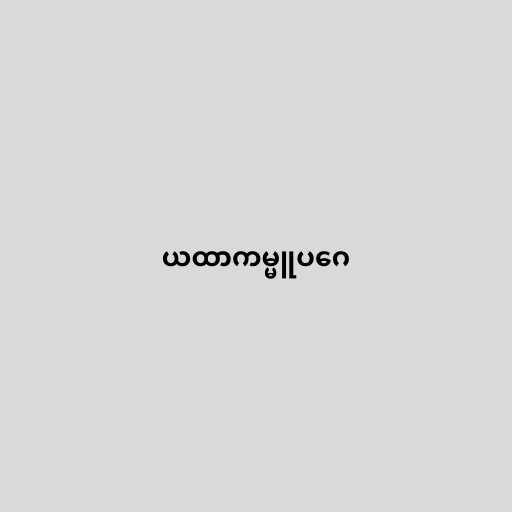
ယထာကမ္မူပဂေ